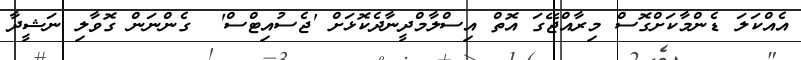
އެއްކަލަ ޑެންމާކަށްގޮސް މިރާއްޖޭގަ އޮތް އިސްލާމްދީނާދެކޮޅަށް 'ޖެސުއިޓްސް'  ގެންނަން ގޮވާލި ނަޝީދާ